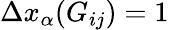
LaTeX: \Delta x_{\alpha}(G_{ij})=1